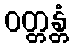
ဝတ္တန္တံ